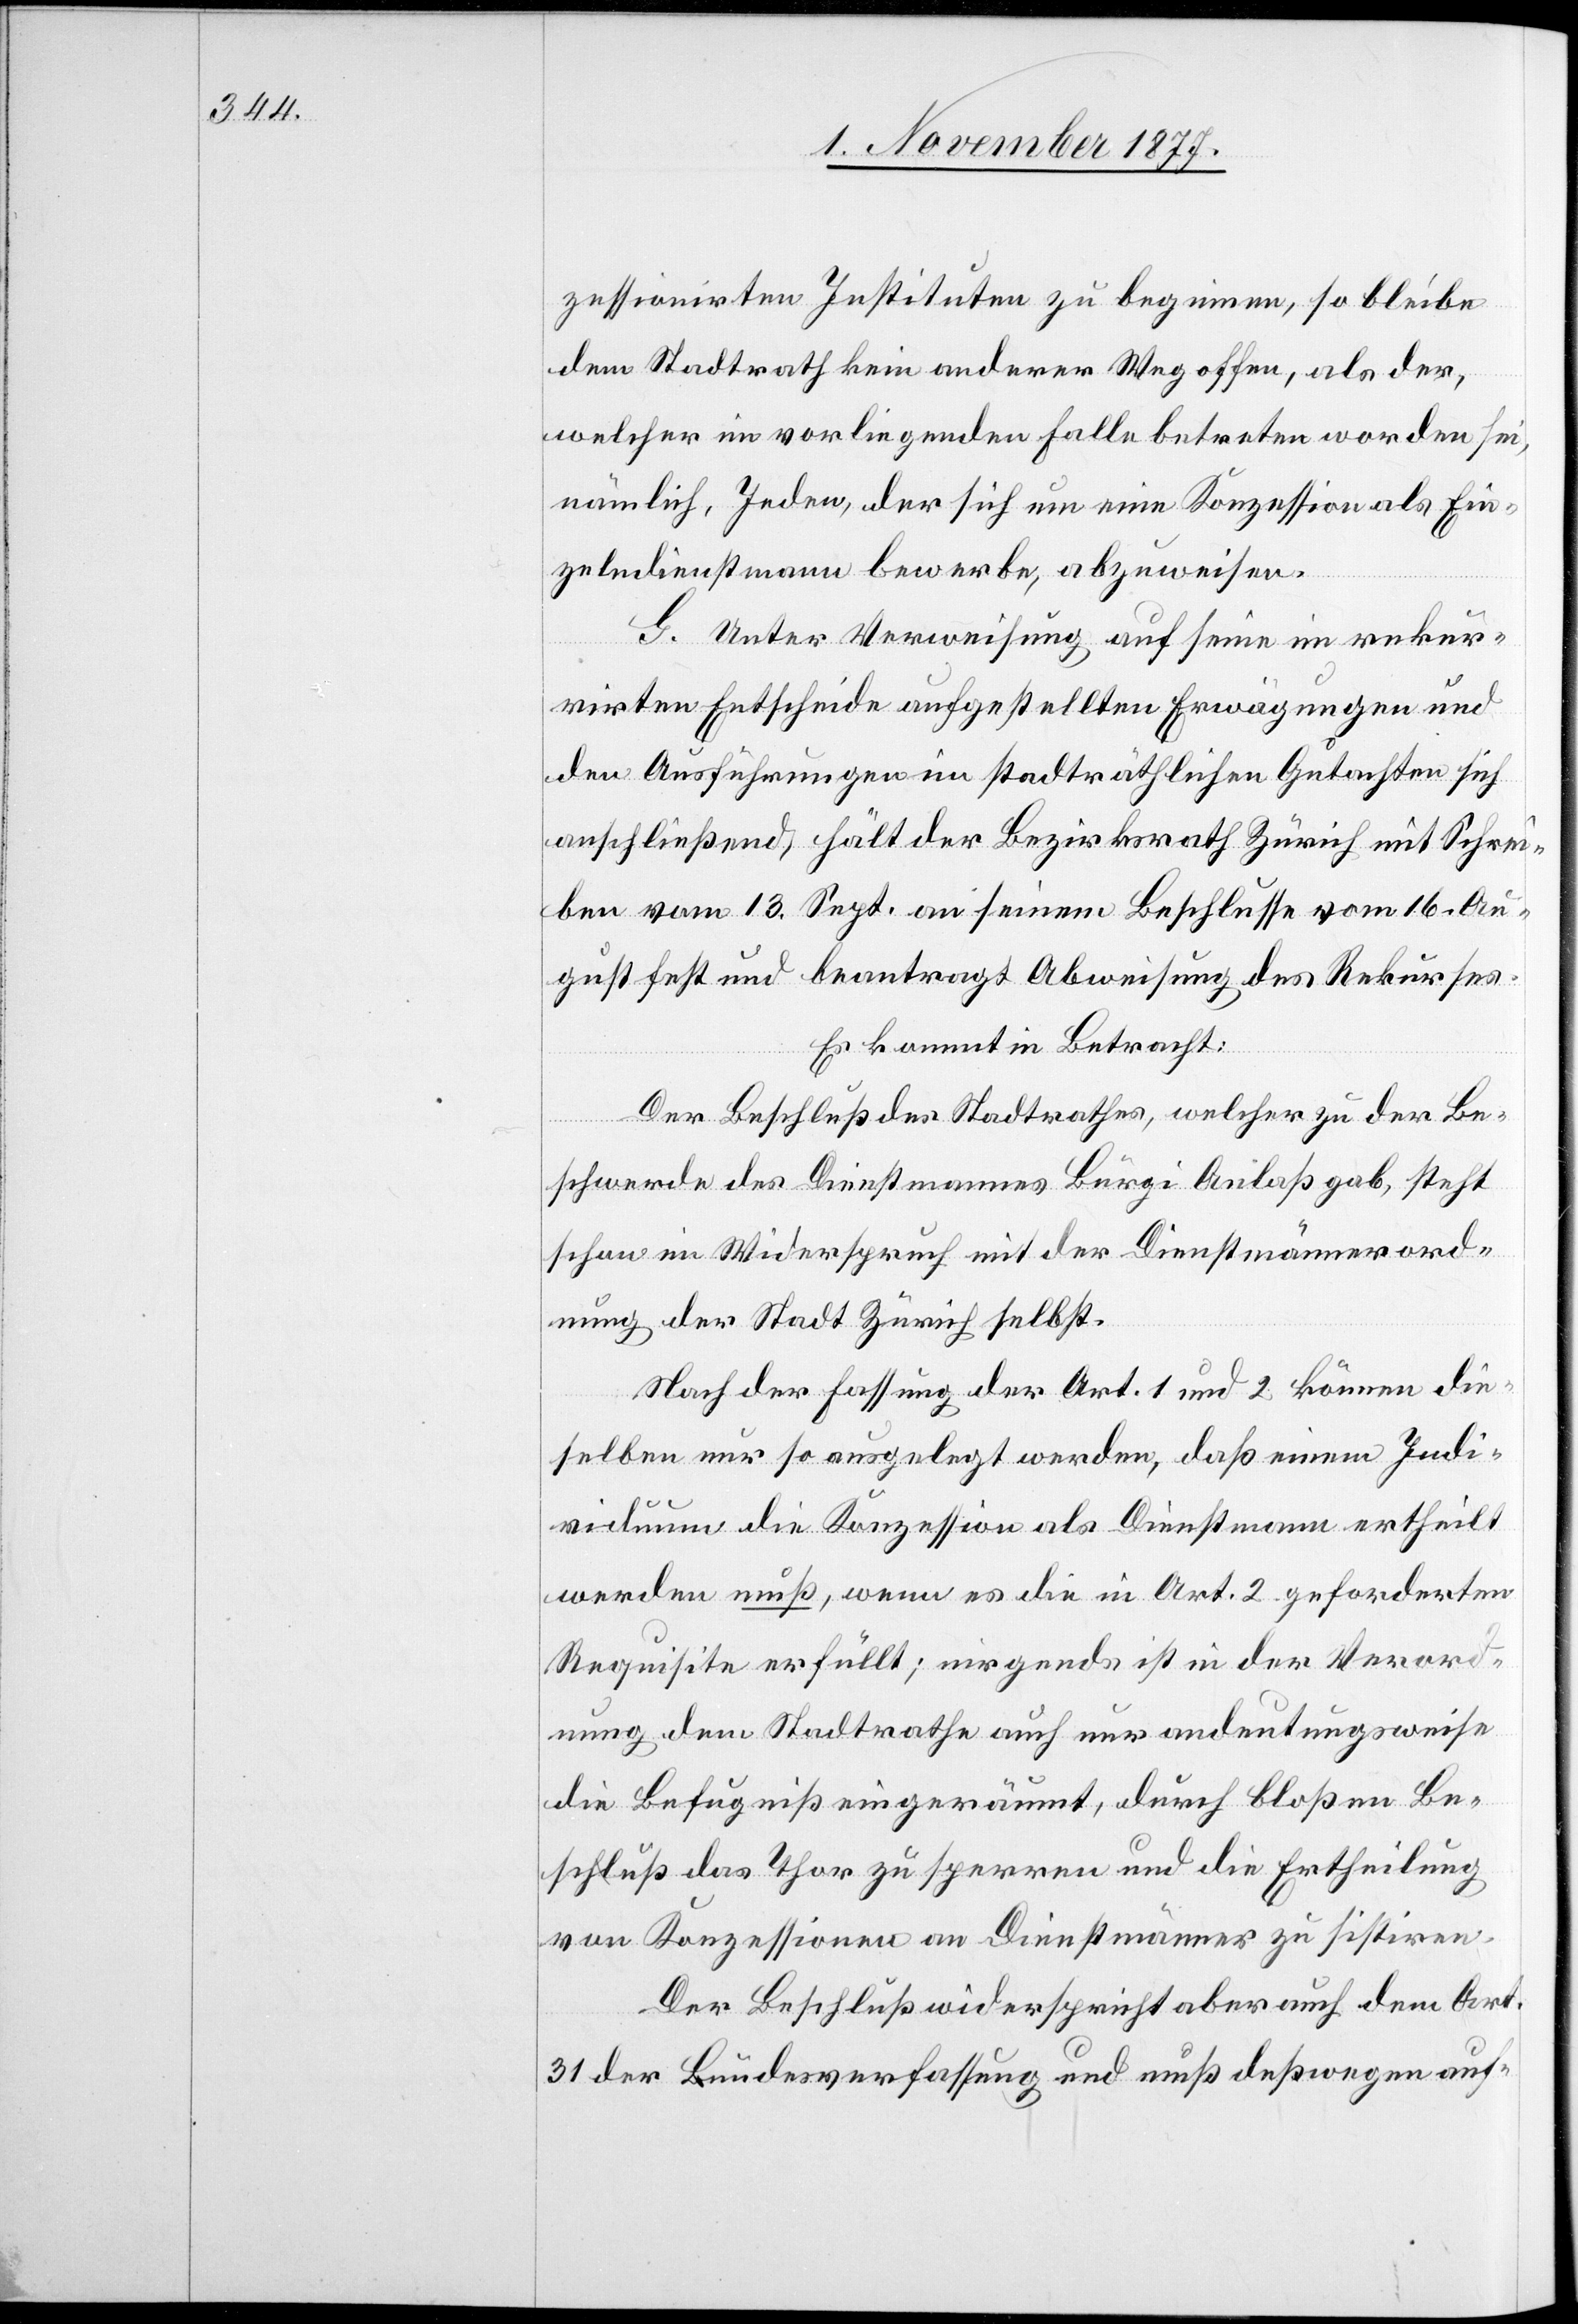
zessionirten Instituten zu beginnen, so bleibe
dem Stadtrath kein anderer Weg offen, als der,
welcher im vorliegenden Falle betreten worden sei,
nämlich, Jeden, der sich um eine Konzession als Ein¬
zelndienstmann bewerbe, abzuweisen.
G. Unter Verweisung auf seine im rekur¬
rirten Entscheide aufgestellten Erwägungen und
den Ausführungen im stadträthlichen Gutachten sich
anschließend, hält der Bezirksrath Zürich mit Schrei¬
ben vom 13. Sept. an seinem Beschlusse vom 16. Au¬
gust fest und beantragt Abweisung des Rekurses.
Es kommt in Betracht:
Der Beschluß des Stadtrathes, welcher zu der Be¬
schwerde des Dienstmannes Bürgi Anlaß gab, steht
schon im Widerspruch mit der Dienstmännerord¬
nung der Stadt Zürich selbst.
Nach der Fassung der Art. 1 und 2 können die¬
selben nur so ausgelegt werden, daß einem Indi¬
viduum die Konzession als Dienstmann ertheilt
werden muß, wenn es die in Art. 2 geforderten
Requisite erfüllt; nirgends ist in der Verord¬
nung dem Stadtrathe auch nur andeutungsweise
die Befugniß eingeräumt, durch bloßen Be¬
schluß das Thor zu sperren und die Ertheilung
von Konzessionen an Dienstmänner zu sistiren.
Der Beschluß widerspricht aber auch dem Art.
31 der Bundesverfassung und muß deßwegen auf-